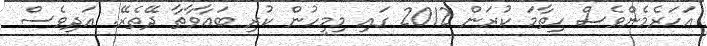
އަހަރެމެންވެސް ހިތާމަ ކުރަން 2012 ގައި މިމީހުން ކުރި ބަޢާވާތާ ދޭތެރޭ. އަދިވެސް